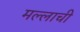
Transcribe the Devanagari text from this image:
मल्लाची